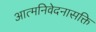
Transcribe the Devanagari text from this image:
आत्मनिवेदनासक्ति